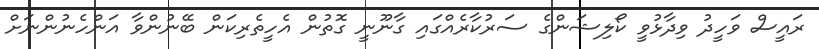
ރައީސް ވަހީދު ވިދާޅުވީ ކޯލިޝަންގެ ސަރުކާރެއްގައި ގާނޫނީ ގޮތުން އެހީތެރިކަން ބޭނުންވާ އަންހެނުންނަށް